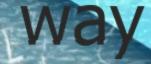
way